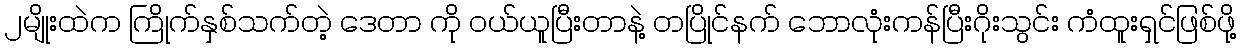
၂မျိုးထဲက ကြိုက်နှစ်သက်တဲ့ ဒေတာ ကို ဝယ်ယူပြီးတာနဲ့ တပြိုင်နက် ဘောလုံးကန်ပြီးဂိုးသွင်း ကံထူးရှင်ဖြစ်ဖို့